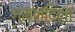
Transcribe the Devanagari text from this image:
गमनदिशा